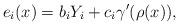
LaTeX: \begin{align*}e_i(x) = b_i Y_i + c_i \gamma'(\rho(x)),\end{align*}